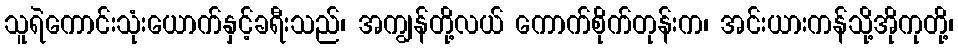
သူရဲကောင်းသုံးယောက်နှင့်ခရီးသည်၊ အကျွန်တို့လယ် ကောက်စိုက်တုန်းက၊ အင်းယားကန်သို့အိုကုတို့၊